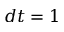
d t = 1